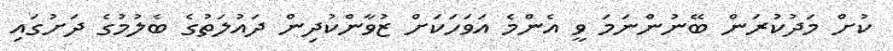
ކުށް މަދުކުރަން ބޭނުންނަމަ ވީ އެންމެ އަވަހަކަށް ޒުވާންކުދިން ދައުލަތުގެ ބެލުމުގެ ދަށުގައި